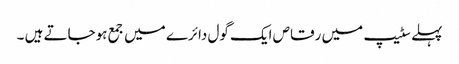
پہلے سٹیپ میں رقاص ایک گول دائرے میں جمع ہوجاتے ہیں ۔